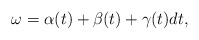
\begin{align*} \omega = \alpha(t) + \beta(t) + \gamma(t) dt , \end{align*}